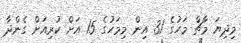
މިދިޔަ މާޗް މަހުގެ 31 އިން މިމަހުގެ 15 އަށް ކުރިއަށް ގެންދާ